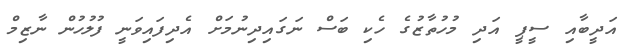
އަދީބާއި ސީޕީ އަދި މުހުތާޒުގެ ހެކި ބަސް ނަގައިދިނުމަށް އެދިފައިވަނީ ފުލުހުން ނާޒިމް